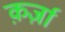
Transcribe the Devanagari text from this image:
क़र्ज़ा